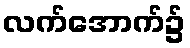
လက်အောက်၌